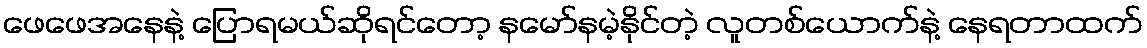
ဖေဖေအနေနဲ့ ပြောရမယ်ဆိုရင်တော့ နမော်နမဲ့နိုင်တဲ့ လူတစ်ယောက်နဲ့ နေရတာထက်